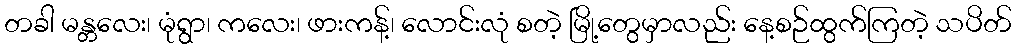
တခါ မန္တလေး၊ မုံရွာ၊ ကလေး၊ ဖားကန့်၊ လောင်းလုံ စတဲ့ မြို့တွေမှာလည်း နေ့စဉ်ထွက်ကြတဲ့ သပိတ်